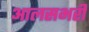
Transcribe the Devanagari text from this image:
आलसभरी